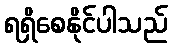
ရရှိစေနိုင်ပါသည်